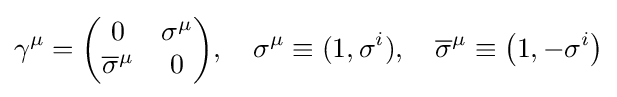
\gamma ^{\mu }={\begin{pmatrix}0&\sigma ^{\mu }\\{\overline {\sigma }}^{\mu }&0\end{pmatrix}},\quad \sigma ^{\mu }\equiv (1,\sigma ^{i}),\quad {\overline {\sigma }}^{\mu }\equiv \left(1,-\sigma ^{i}\right)